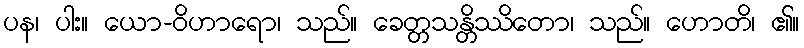
ပန၊ ပါး။ ယော-ဝိဟာရော၊ သည်။ ခေတ္တသန္တိဿိတော၊ သည်။ ဟောတိ၊ ၏။